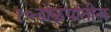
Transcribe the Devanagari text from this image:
१०डोळ्यांतील